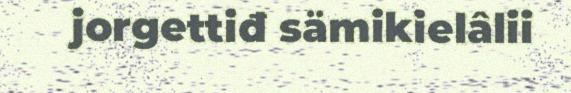
jorgettiđ sämikielâlii